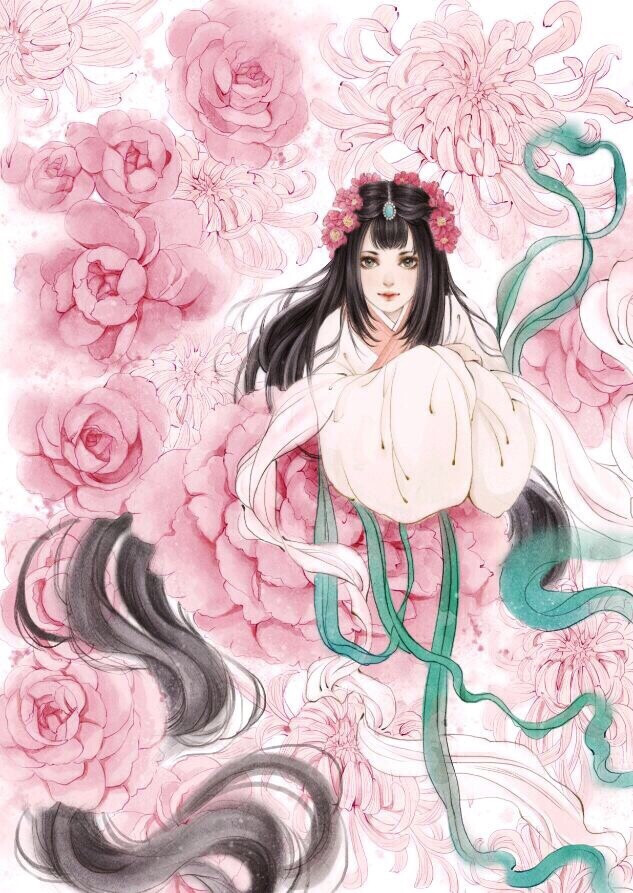
况是青春日将暮，桃花乱落如红雨。